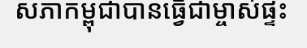
សភាកម្ពុជាបានធ្វើជាម្ចាស់ផ្ទះ